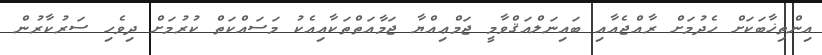
އިންތިޚާބަކަށް ހެދުމަށް ރާއްޖެއާއި ބައިނަލްއަޤްވާމީ ޖަމްޢިއްޔާ ޖަމާއަތްތަކާއިއެކު މަސައްކަތް ކުރުމަށް ދިވެހި ސަރުކާރުން